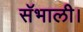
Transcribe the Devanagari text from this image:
सॅभाली।